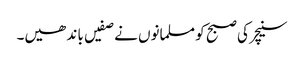
سنیچر کی صبح کو مسلمانوں نے صفیں با ند ھیں۔